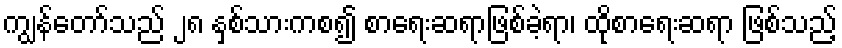
ကျွန်တော်သည် ၂၈ နှစ်သားကစ၍ စာရေးဆရာဖြစ်ခဲ့ရာ၊ ထိုစာရေးဆရာ ဖြစ်သည့်